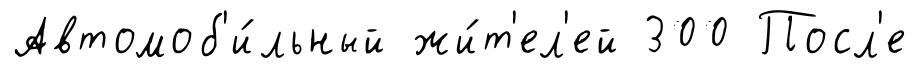
Автомоб'и́льный жи́т'ел'ей 300 Посл'е